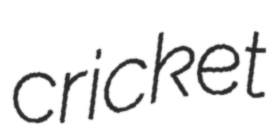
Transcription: cricket